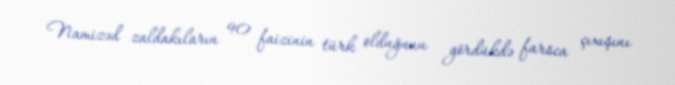
Namizəd zaldakıların 90 faizinin türk olduğunu gördükdə farsca çıxışını